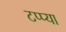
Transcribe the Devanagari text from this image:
टप्प्या